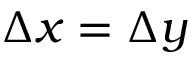
\Delta x = \Delta y